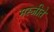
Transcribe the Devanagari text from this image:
मस्जीते